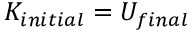
K _ { i n i t i a l } = U _ { f i n a l }